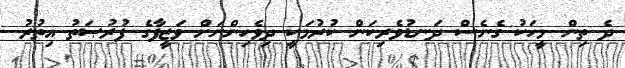
ދެ ތިން މީހަކު ގެނެސް ދަނޑުވެރިކަން ކުރުމަކީ ދިވެހިންނަށް ވަޒީފާގެ ފުރުޞަތު އިތުރު